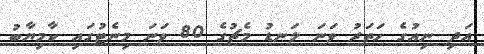
އަދި ނިއުގެ ހަތަރު ވަނަ ލަނޑު މެޗުގެ 80 ވަނަ މިނެޓުގައި ކާމިޔާބު